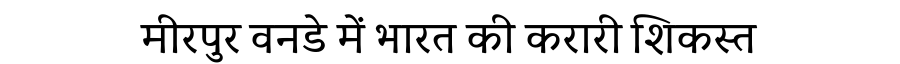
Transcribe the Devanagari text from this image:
मीरपुर वनडे में भारत की करारी शिकस्त